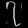
Digit: ၇